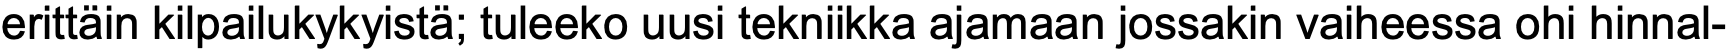
erittäin kilpailukykyistä; tuleeko uusi tekniikka ajamaan jossakin vaiheessa ohi hinnal-